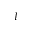
I